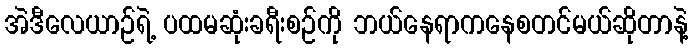
အဲဒီလေယာဉ်ရဲ့ ပထမဆုံးခရီးစဉ်ကို ဘယ်နေရာကနေစတင်မယ်ဆိုတာနဲ့